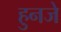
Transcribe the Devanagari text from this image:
हुनजे